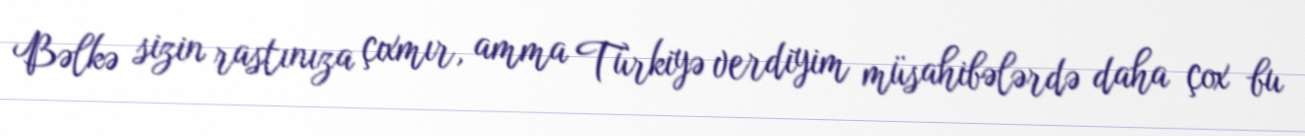
Bəlkə sizin rastınıza çıxmır, amma Türkiyə verdiyim müsahibələrdə daha çox bu